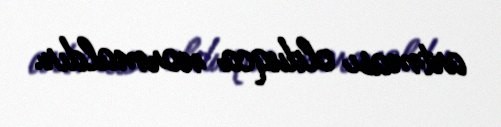
artması olduqca normaldır.